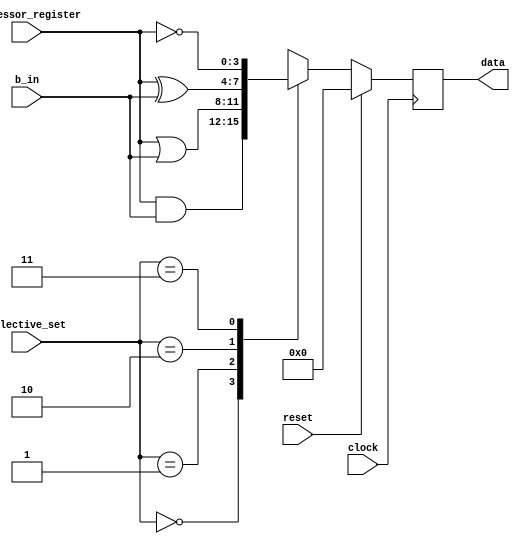
module logic_microoperation (
    clock, reset, selective_set, processor_register, b_in, data);
input clock, reset;
input [1:0] selective_set;
input [3:0] processor_register, b_in;
output [3:0] data;

reg [3:0] data;

always @ (posedge clock) begin
    if (reset) begin
        data = 0;
    end else begin
        case (selective_set)
            0: data = processor_register & b_in;
            1: data = processor_register | b_in;
            2: data = processor_register ^ b_in;
            3: data = ~processor_register;
        endcase
    end
end

endmodule // logic_microoperation